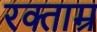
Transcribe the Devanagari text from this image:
रक्ताम्र